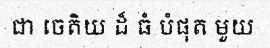
ជា ចេតិយ ដ៏ ធំ បំផុត មួយ